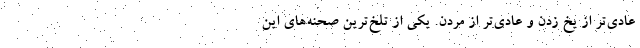
عادي‌تر از يخ زدن و عادي‌تر از مردن. يكي از تلخ‌ترين صحنه‌هاي اين